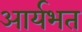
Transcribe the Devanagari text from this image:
आर्यभत